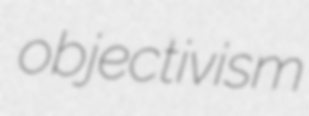
objectivism